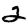
Digit: 2